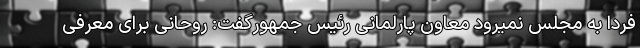
فردا به مجلس نمیرود معاون پارلمانی رئیس جمهورگفت: روحانی برای معرفی